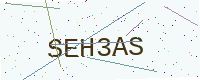
Text: SEH3AS